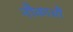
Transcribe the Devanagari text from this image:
नौकाआैं